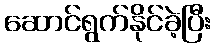
ဆောင်ရွက်နိုင်ခဲ့ပြီး